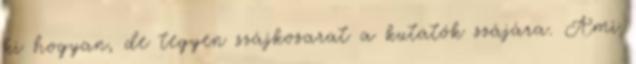
ki hogyan, de tegyen szájkosarat a kutatók szájára. Ami